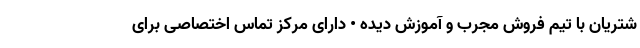
شتریان با تیم فروش مجرب و آموزش دیده • دارای مرکز تماس اختصاصی برای